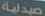
صيدلية